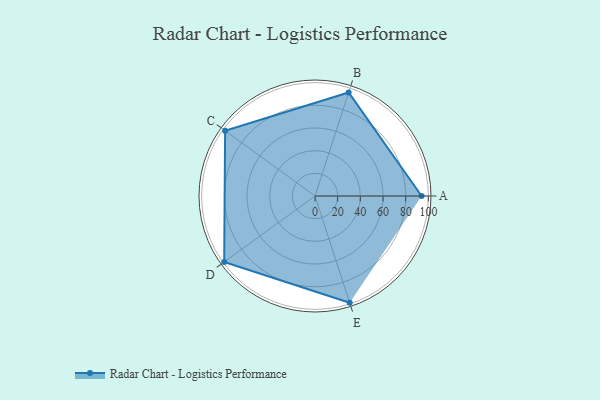
{"axis": {"x": "Skill", "y": "Score"}, "legend": ["Profile"], "data": [{"x": "A", "y": 94.0, "type": "Profile"}, {"x": "B", "y": 96.0, "type": "Profile"}, {"x": "C", "y": 98.0, "type": "Profile"}, {"x": "D", "y": 99, "type": "Profile"}, {"x": "E", "y": 99, "type": "Profile"}]}